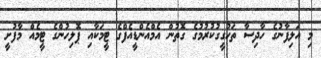
މި އަލިފާނުގެ ހާދިސާ ތަހުގީގުކުރުމުގެ ގޮތުން އެމްއެންޑީއެފްގެ ޓީމަކާއި ޕޮލިހުންގެ ޓީމެއް މާފުށީ